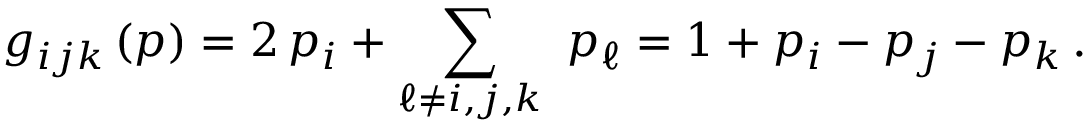
g _ { i j k } \, ( p ) = 2 \, p _ { i } + \sum _ { \ell \ne i , j , k } \ p _ { \ell } = 1 + p _ { i } - p _ { j } - p _ { k } \, .